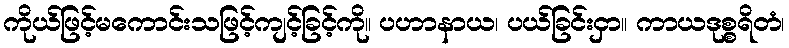
ကိုယ်ဖြင့်မကောင်းသဖြင့်ကျင့်ခြင့်ကို။ ပဟာနာယ၊ ပယ်ခြင်းငှာ။ ကာယဒုစ္စရိတံ၊